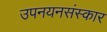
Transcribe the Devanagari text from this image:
उपनयनसंस्कार